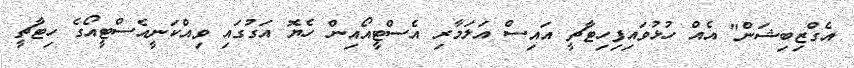
އެގްޒިބިޝަން" އެއް ހުޅުވައިފިހިޓާޗީ އައިސް އަލަމާރި އެސްޓީއޯއިން ހެޔޮ އަގުގައި ވިއްކަނީއެސްޓީއޯގެ ހިޓާޗީ